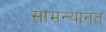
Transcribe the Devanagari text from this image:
सामन्यानत